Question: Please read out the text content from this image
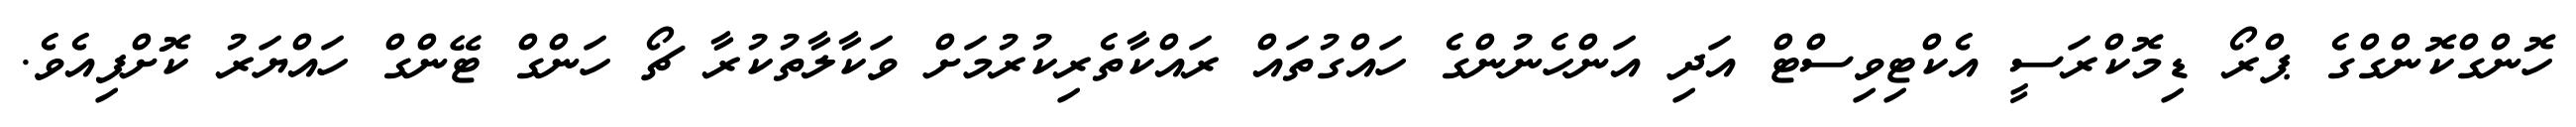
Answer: ހޮންގްކޮންގްގެ ޕްރޯ ޑިމޮކްރަސީ އެކްޓިވިސްޓް އަދި އަންހެނުންގެ ހައްގުތައް ރައްކާތެރިކުރުމަށް ވަކާލާތުކުރާ ޗޯ ހަންގް ޓޭންގް ހައްޔަރު ކޮށްފިއެވެ.